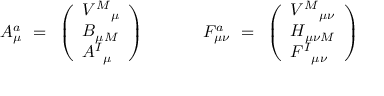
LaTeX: A _ { \mu } ^ { a } ~ = ~ \left( \begin{array} { l } { { V ^ { M } { } _ { \mu } } } \\ { { B _ { \mu M } } } \\ { { A ^ { I } { } _ { \mu } } } \end{array} \right) { } ~ ~ ~ ~ ~ ~ ~ ~ ~ ~ F _ { \mu \nu } ^ { a } ~ = ~ \left( \begin{array} { l } { { V ^ { M } { } _ { \mu \nu } } } \\ { { H _ { \mu \nu M } } } \\ { { F ^ { I } { } _ { \mu \nu } } } \end{array} \right)